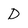
Character: D